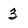
Character: 3